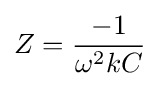
Z={\frac {-1}{\omega ^{2}kC}}